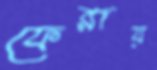
ফেরায়